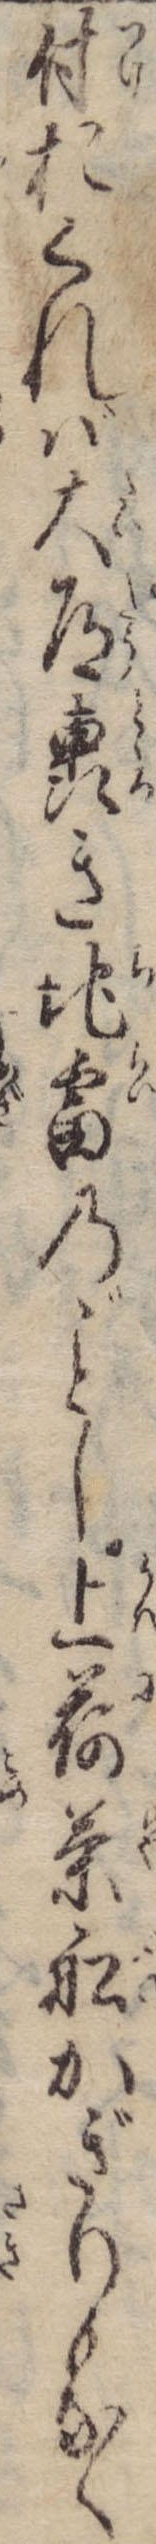
付おくれば大道轟き地雷のし上荷茶船かぎりもなく